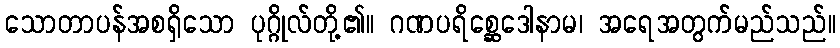
သောတာပန်အစရှိသော ပုဂ္ဂိုလ်တို့၏။ ဂဏပရိစ္ဆေဒေါနာမ၊ အရေအတွက်မည်သည်။